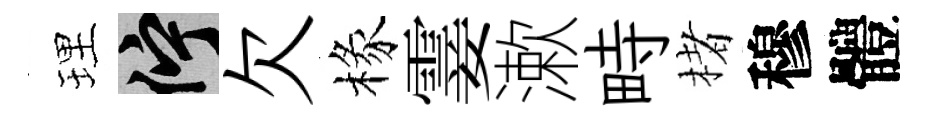
理伫欠椽霎漱畤楮穆體